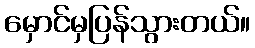
မှောင်မှပြန်သွားတယ်။